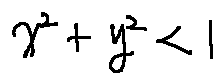
x ^ { 2 } + y ^ { 2 } < 1